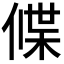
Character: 𬿃